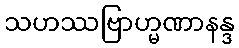
သဟဿဗြာဟ္မဏာနန္ဒ